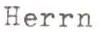
Herrn